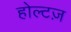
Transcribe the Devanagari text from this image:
होल्टज़